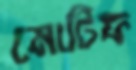
মোটিফ